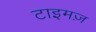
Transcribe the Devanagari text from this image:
टाइमज़